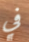
في